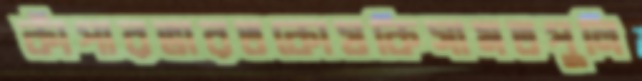
কাঁপারভারতকোষকিসামতপুলি